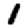
Digit: 1